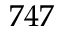
7 4 7